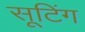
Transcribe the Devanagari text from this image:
सूटिंग